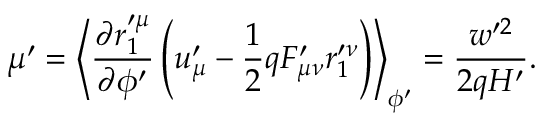
\mu ^ { \prime } = \left\langle \frac { \partial r _ { 1 } ^ { \prime \mu } } { \partial \phi ^ { \prime } } \left( u _ { \mu } ^ { \prime } - \frac { 1 } { 2 } q F _ { \mu \nu } ^ { \prime } r _ { 1 } ^ { \prime \nu } \right) \right\rangle _ { \phi ^ { \prime } } = \frac { w ^ { \prime 2 } } { 2 q H ^ { \prime } } .